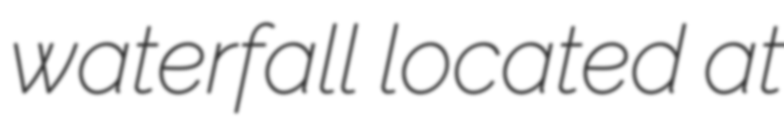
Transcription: waterfall located at